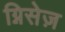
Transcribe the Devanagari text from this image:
ग्निसेज़